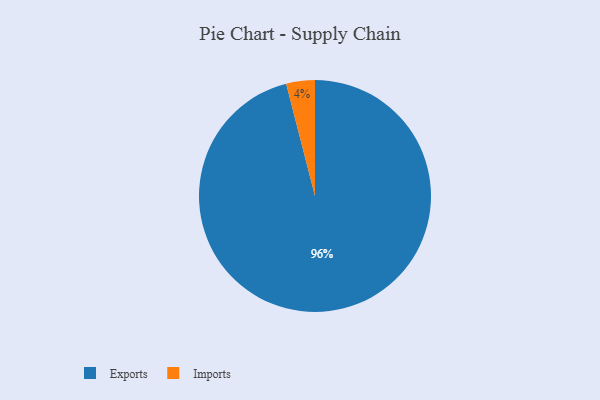
{"axis": {"x": "Category", "y": "Percentage"}, "legend": ["Exports", "Imports"], "data": [{"x": "Exports", "y": 96, "type": "Exports"}, {"x": "Imports", "y": 4, "type": "Imports"}]}